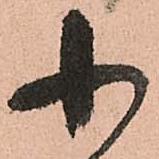
小